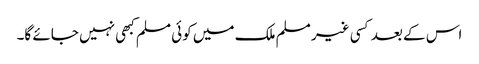
اس کے بعد کسی غیر مسلم ملک میں کوئی مسلم کبھی نہیں جائے گا۔